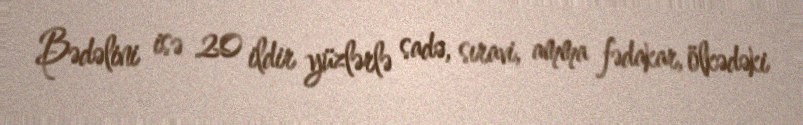
Bədəlini isə 20 ildir yüzlərlə sadə, sıravi, amma fədakar, ölkədəki